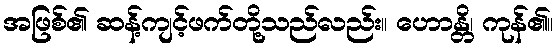
အဖြစ်၏ ဆန့်ကျင့်ဖက်တို့သည်လည်း။ ဟောန္တိ၊ ကုန်၏။